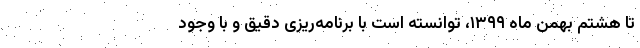
تا هشتم بهمن ماه ۱۳۹۹، توانسته است با برنامه‌ریزی دقیق و با وجود